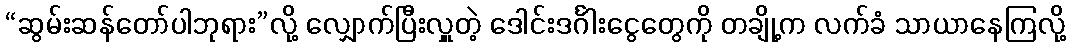
“ဆွမ်းဆန်တော်ပါဘုရား”လို့ လျှောက်ပြီးလှူတဲ့ ဒေါင်းဒင်္ဂါးငွေတွေကို တချို့က လက်ခံ သာယာနေကြလို့